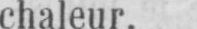
chaleur.